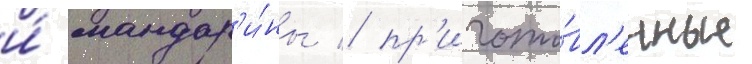
и́ мандар'и́ны / пр'игото́вл'енные